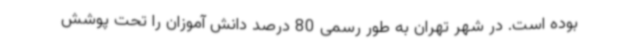
بوده است. در شهر تهران به طور رسمی 80 درصد دانش آموزان را تحت پوشش